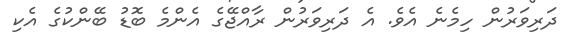
ދަރިވަރުން ހިމެނެ އެވެ. އެ ދަރިވަރުން ރާއްޖޭގެ އެންމެ ބޮޑު ބޭންކުގެ އެކި